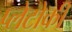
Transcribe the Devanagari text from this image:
प्लेटोकी